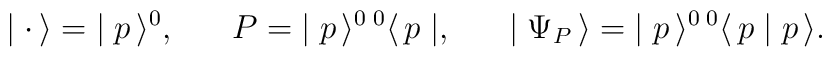
\mid {\bf \cdot} \, \rangle = \; \mid p\, \rangle^0, \; \; \; \; \; \;P = \; \mid p \, \rangle^{0 \; 0}\langle \, p \mid, \; \; \; \; \; \; \mid \Psi_P \, \rangle = \; \mid p \, \rangle^{0 \; 0}\langle \, p \mid p \, \rangle.